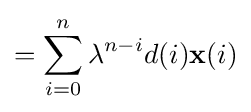
=\sum _{i=0}^{n}\lambda ^{n-i}d(i)\mathbf {x} (i)